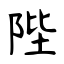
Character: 陛